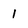
Character: 1